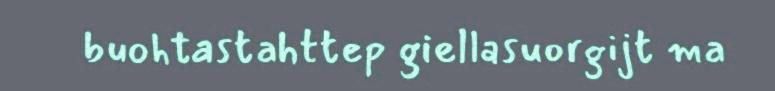
buohtastahttep giellasuorgijt ma